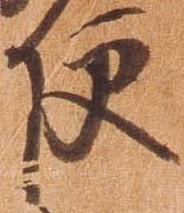
使